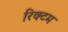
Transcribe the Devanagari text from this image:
रिक्टम